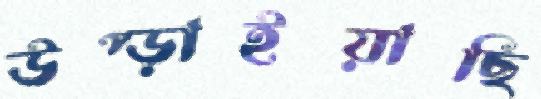
উপ্‌ড়াইয়াছি